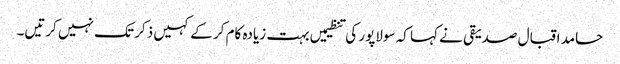
حامد اقبال صدیقی نے کہا کہ سولاپور کی تنظیمیں بہت زیادہ کام کر کے کہیں ذکر تک نہیں کرتیں۔